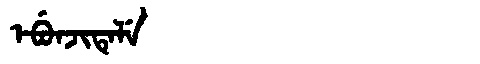
Manchu: ᡝᠪᡠᠨᠵᡳᡨᡝᠯᡝ
Romanization: EBUNJITELE